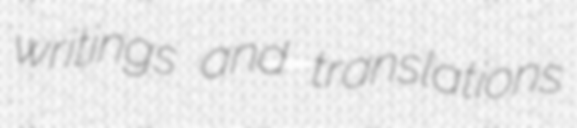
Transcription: writings and translations